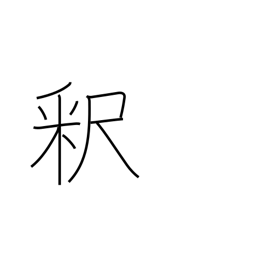
Meaning: explanation